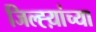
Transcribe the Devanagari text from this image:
जिल्ह्य़ांच्या